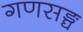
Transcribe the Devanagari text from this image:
गणसङ्घ